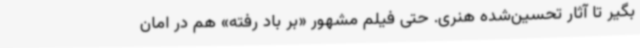
بگیر تا آثار تحسین‌شده هنری. حتی فیلم مشهور «بر باد رفته» هم در امان